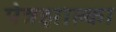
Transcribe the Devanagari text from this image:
पेत्रझाल्का